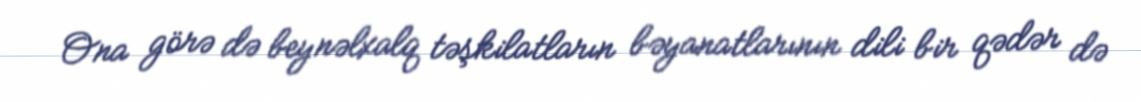
Ona görə də beynəlxalq təşkilatların bəyanatlarının dili bir qədər də